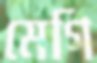
মেগি